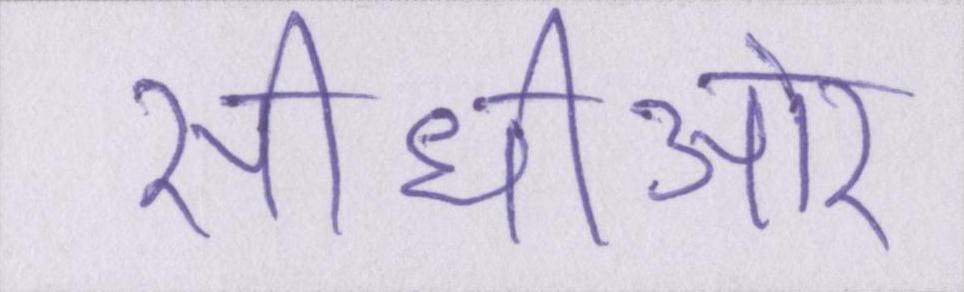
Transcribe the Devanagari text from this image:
सीधीऔर